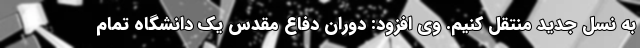
به نسل جدید منتقل کنیم. وی افزود: دوران دفاع مقدس یک دانشگاه تمام